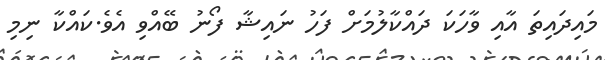
މައިދައިތަ އާއި ވާހަކަ ދައްކާލުމަށް ފަހު ނައިޝާ ފޯނު ބޭއްވި އެވެ.ކައްކާ ނިމި